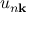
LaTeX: u _ { n \mathbf { k } }